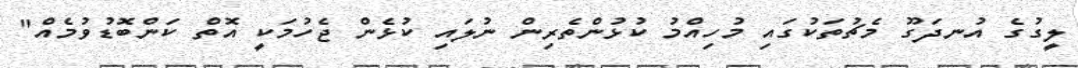
ލީގުގެ އުނދަގޫ މެޗުތަކުގައި މުހިއްމު ކުޅުންތެރިން ނުލައި ކުޅެން ޖެހުމަކީ އޮތް ކަންބޮޑުވުމެއް"